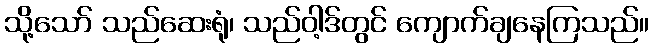
သို့သော် သည်ဆေးရုံ၊ သည်ဝါ့ဒ်တွင် ကျောက်ချနေကြသည်။